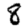
Digit: 8